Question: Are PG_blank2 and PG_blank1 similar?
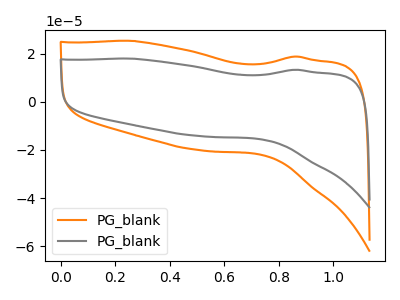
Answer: <think>The orange curve "PG_blank1" has no peaks. The gray curve "PG_blank2" has no peaks.
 Neither "PG_blank2" or "PG_blank1" have any peaks.</think>
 <answer>"PG_blank2" and "PG_blank1" are similar in shape.</answer>
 <eval>same_shape</eval>